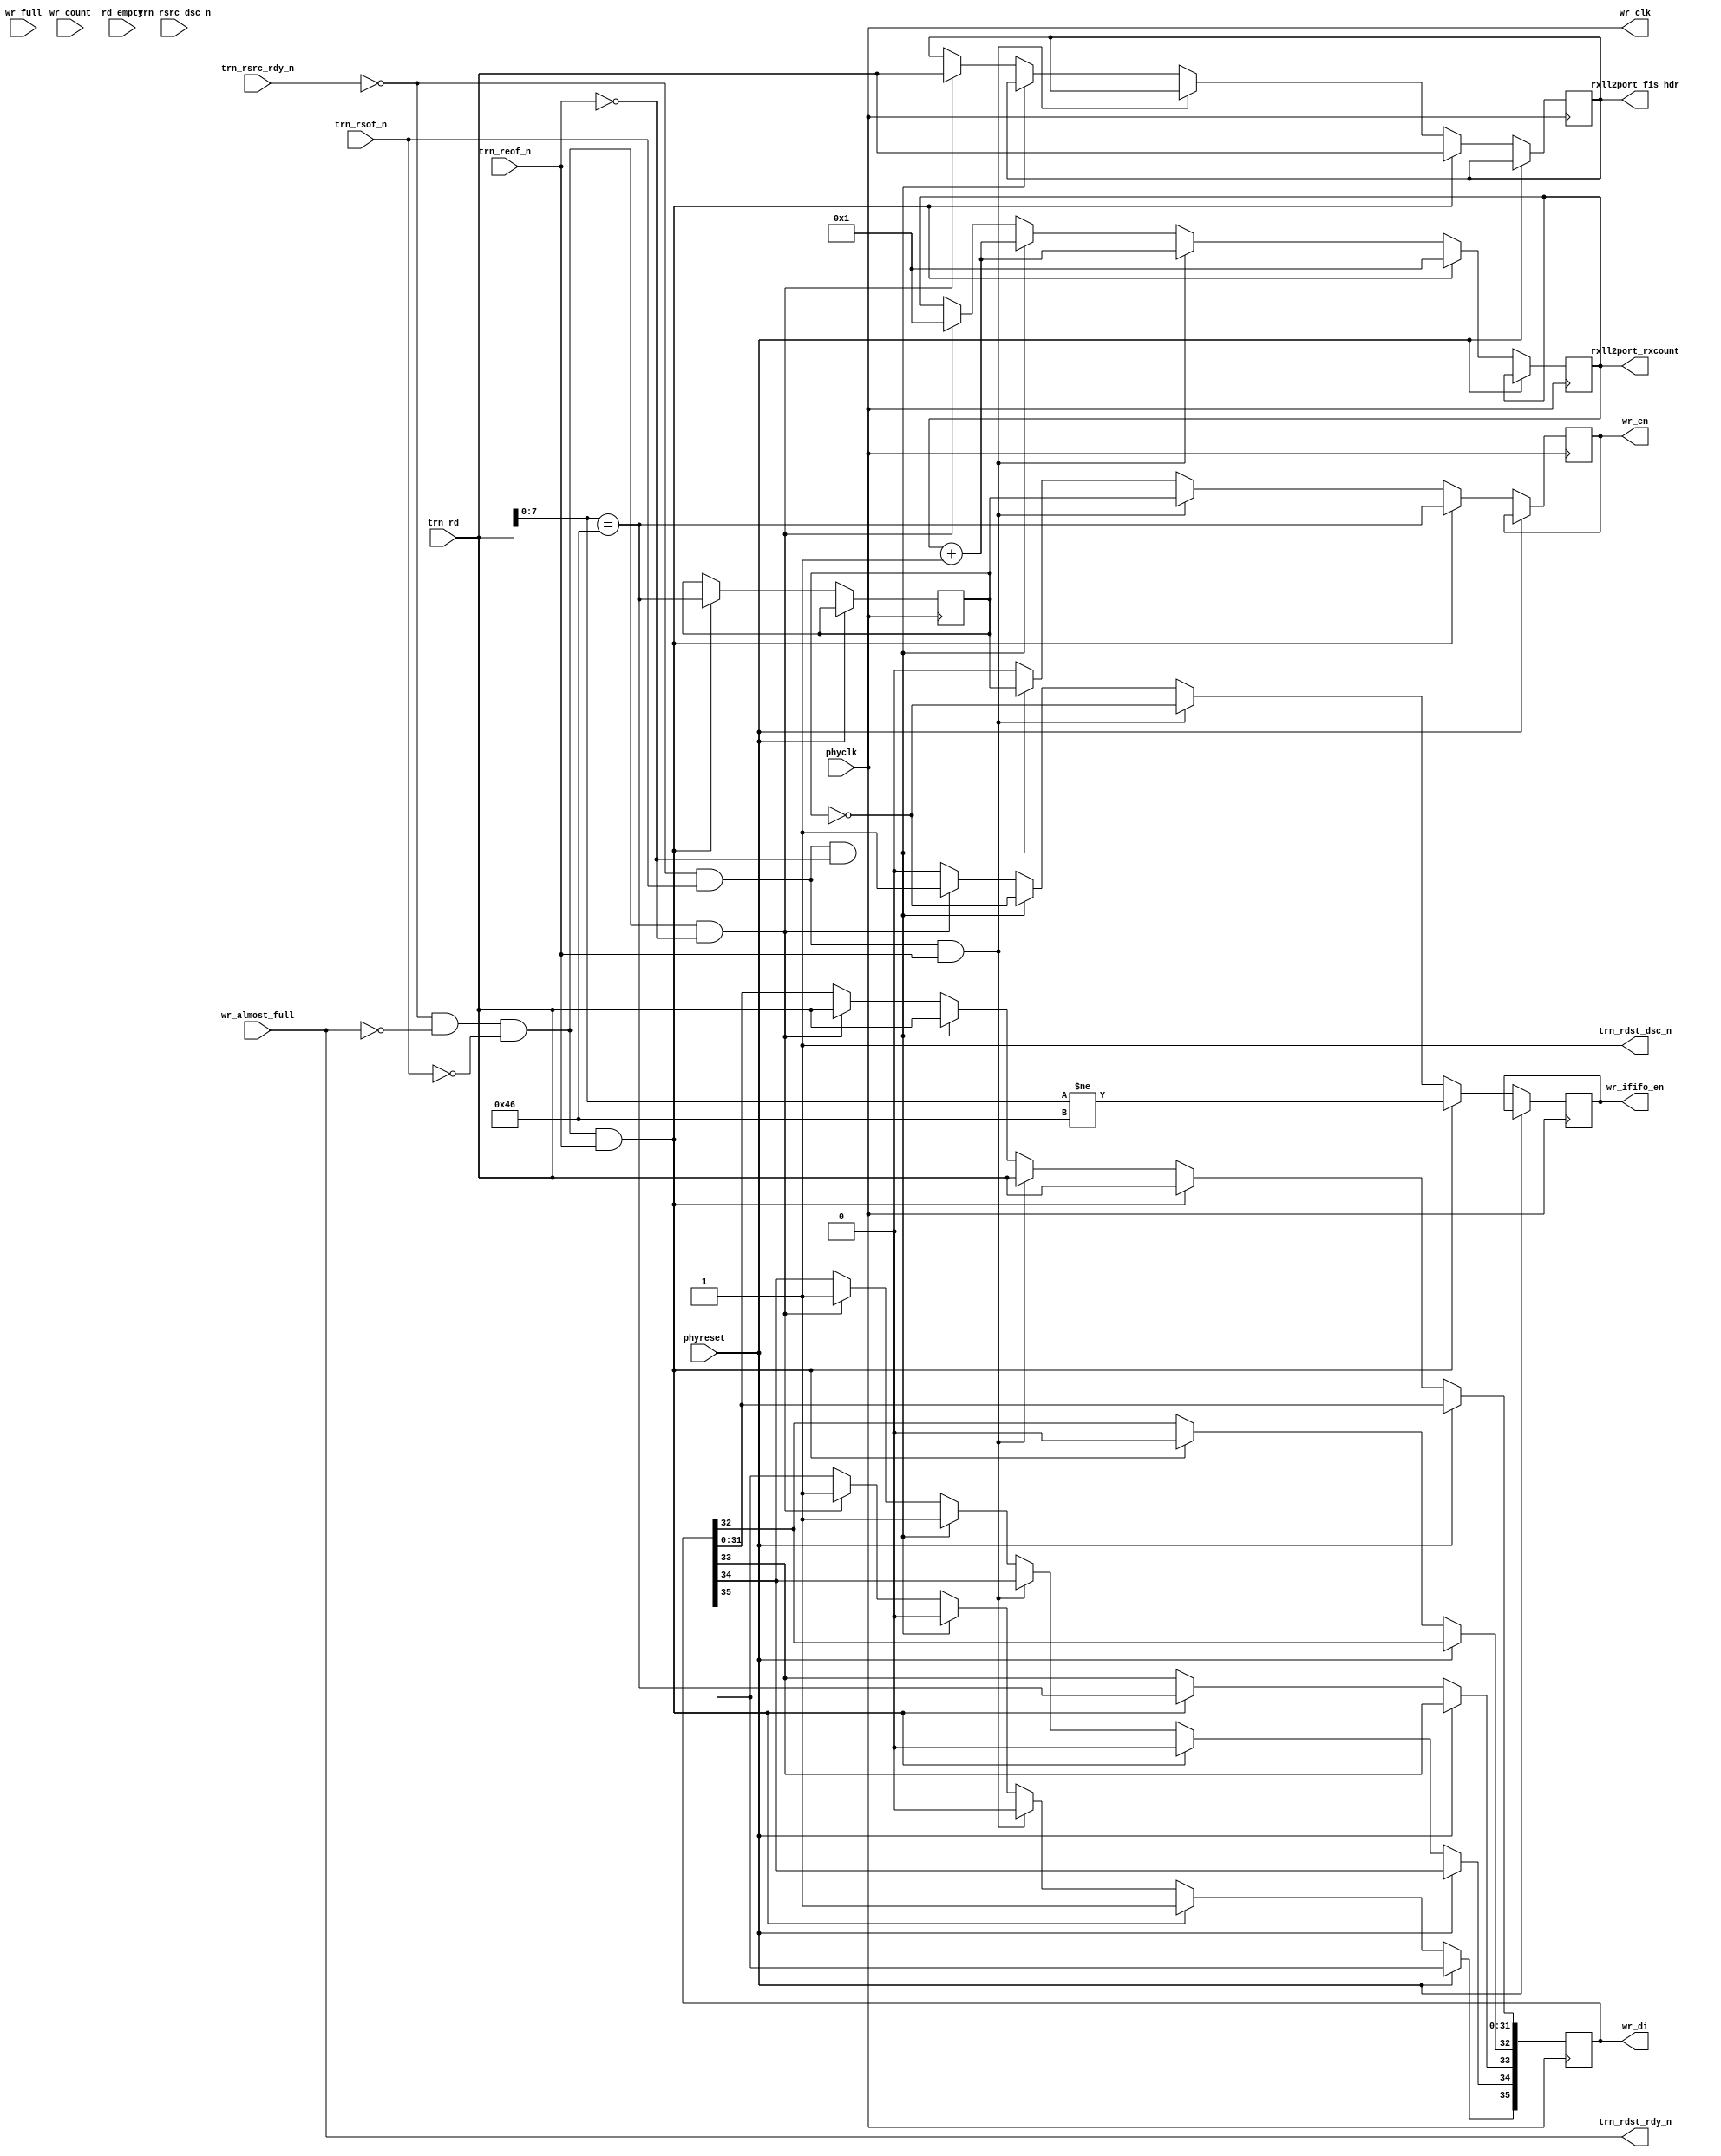
// rxll_ll.v --- 
// 
// Description: 
// Maintainer: 
// Version: 
// Last-Updated: 
//           By: 
//     Update #: 0
// URL: 
// Keywords: 
// Compatibility: 
// 
// 

// Commentary: 
// 
// 
// 
// 

// Change log:
// 
// 
// 

// Copyright (C) 2008,2009 Beijing Soul tech.
// -------------------------------------
// Naming Conventions:
// 	active low signals                 : "*_n"
// 	clock signals                      : "clk", "clk_div#", "clk_#x"
// 	reset signals                      : "rst", "rst_n"
// 	generics                           : "C_*"
// 	user defined types                 : "*_TYPE"
// 	state machine next state           : "*_ns"
// 	state machine current state        : "*_cs"
// 	combinatorial signals              : "*_com"
// 	pipelined or register delay signals: "*_d#"
// 	counter signals                    : "*cnt*"
// 	clock enable signals               : "*_ce"
// 	internal version of output port    : "*_i"
// 	device pins                        : "*_pin"
// 	ports                              : - Names begin with Uppercase
// Code:
module rxll_ll (/*AUTOARG*/
   // Outputs
   wr_di, wr_en, wr_clk, wr_ififo_en, rxll2port_fis_hdr,
   rxll2port_rxcount, trn_rdst_rdy_n, trn_rdst_dsc_n,
   // Inputs
   phyclk, phyreset, wr_count, wr_full, wr_almost_full, rd_empty,
   trn_rsof_n, trn_reof_n, trn_rd, trn_rsrc_rdy_n, trn_rsrc_dsc_n
   );
   input phyclk;
   input phyreset;
   
   output [35:0] wr_di;
   output 	 wr_en;
   output 	 wr_clk;
   output        wr_ififo_en;
   input [9:0] 	 wr_count;
   input 	 wr_full;
   input 	 wr_almost_full;
   input         rd_empty;

   output [31:0] rxll2port_fis_hdr;
   output [15:0] rxll2port_rxcount;

   input         trn_rsof_n;
   input         trn_reof_n;
   input [31:0]  trn_rd;
   input         trn_rsrc_rdy_n;
   output        trn_rdst_rdy_n;
   input         trn_rsrc_dsc_n;
   output        trn_rdst_dsc_n;
   /**********************************************************************/
   /*AUTOREG*/
   // Beginning of automatic regs (for this module's undeclared outputs)
   reg [31:0]		rxll2port_fis_hdr;
   reg [15:0]		rxll2port_rxcount;
   reg [35:0]		wr_di;
   reg			wr_en;
   reg			wr_ififo_en;
   // End of automatics

   /**********************************************************************/
   wire [7:0]           fis_type;
   assign fis_type    = trn_rd[7:0];
   reg 			recv_fis;
   reg                  data_fis;
   always @(posedge wr_clk)
     begin
	if (phyreset)
	  begin
	     recv_fis <= #1 1'b0;
	  end
	else if (trn_rsrc_rdy_n == 1'b0 &&
		 trn_rdst_rdy_n == 1'b0 &&
		 trn_rsof_n == 1'b0 &&
		 trn_reof_n == 1'b1)/* SOF */
	  begin
	     wr_ififo_en       <= #1 fis_type != 8'h46;
	     wr_en             <= #1 fis_type == 8'h46;
	     wr_di[35]         <= #1 1'b1;
	     wr_di[34]         <= #1 1'b0;
	     wr_di[33]         <= #1 fis_type == 8'h46;
	     wr_di[32]         <= #1 1'b0;
	     wr_di[31:0]       <= #1 trn_rd;
	     data_fis          <= #1 fis_type == 8'h46;
	     rxll2port_fis_hdr <= #1 trn_rd;
	     rxll2port_rxcount <= #1 16'h1;
	  end
	else if (trn_rsrc_rdy_n == 1'b0 &&
		 /*trn_rdst_rdy_n == 1'b0 &&*/
		 trn_rsof_n == 1'b1 &&
	         trn_reof_n == 1'b1) /* Data */
	  begin
	     wr_ififo_en       <= #1 ~data_fis;
	     wr_en             <= #1 data_fis;
	     wr_di[35]         <= #1 1'b0;
	     wr_di[31:0]       <= #1 trn_rd;
	     rxll2port_rxcount <= #1 rxll2port_rxcount + 1'b1;
	  end
	else if (trn_rsrc_rdy_n == 1'b0 &&
		 /*trn_rdst_rdy_n == 1'b0 &&*/
		 trn_rsof_n == 1'b1 &&
		 trn_reof_n == 1'b0) /* EOF */
	  begin
	     wr_ififo_en       <= #1 ~data_fis;
	     wr_en             <= #1 data_fis;
	     wr_di[35]         <= #1 1'b0;
	     wr_di[34]         <= #1 1'b1;
	     wr_di[31:0]       <= #1 trn_rd;
	     rxll2port_rxcount <= #1 rxll2port_rxcount + 1'b1;
	  end
	else if (trn_rsrc_rdy_n == 1'b0 &&
		 trn_rdst_rdy_n == 1'b0 &&
		 trn_rsof_n == 1'b0 &&
		 trn_reof_n == 1'b0) /* SOF & EOF */
	  begin
	     wr_ififo_en       <= #1 1'b1;
	     wr_en             <= #1 1'b0;
	     wr_di[35]         <= #1 1'b1;
	     wr_di[34]         <= #1 1'b1;
	     wr_di[31:0]       <= #1 trn_rd;
	     rxll2port_rxcount <= #1 16'h1;
	     rxll2port_fis_hdr <= #1 trn_rd;
	  end
	else
	  begin
	     wr_ififo_en       <= #1 1'b0;
	     wr_en             <= #1 1'b0;
	  end // else: !if(link2dma_rx_push && link2dma_rx_sof && link2dma_rx_eof)
     end // always @ (posedge wr_clk)
   assign trn_rdst_dsc_n = 1'b1;
   localparam C_DEBUG_RX_HOLD = 0;
   reg [7:0] cnt;
   always @(posedge wr_clk)
     begin
	if (phyreset)
	  begin
	     cnt <= #1 16'h0;
	  end
	else 
	  begin
	     cnt <= #1 cnt + 1'b1;
	  end
     end
generate if (C_DEBUG_RX_HOLD == 1)
begin
   assign trn_rdst_rdy_n = cnt[7:6] != 2'b11;
end
endgenerate
generate if (C_DEBUG_RX_HOLD == 0)
begin
   assign trn_rdst_rdy_n = wr_almost_full;
end
endgenerate
   assign wr_clk = phyclk;
endmodule
// 
// rxll_ll.v ends here